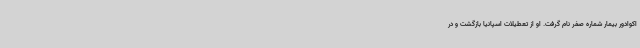
اکوادور بیمار شماره صفر نام گرفت. او از تعطیلات اسپانیا بازگشت و در